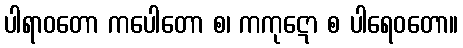
ပါရာဝတော ကပေါတော စ၊ ကကုဋော စ ပါရေဝတော။